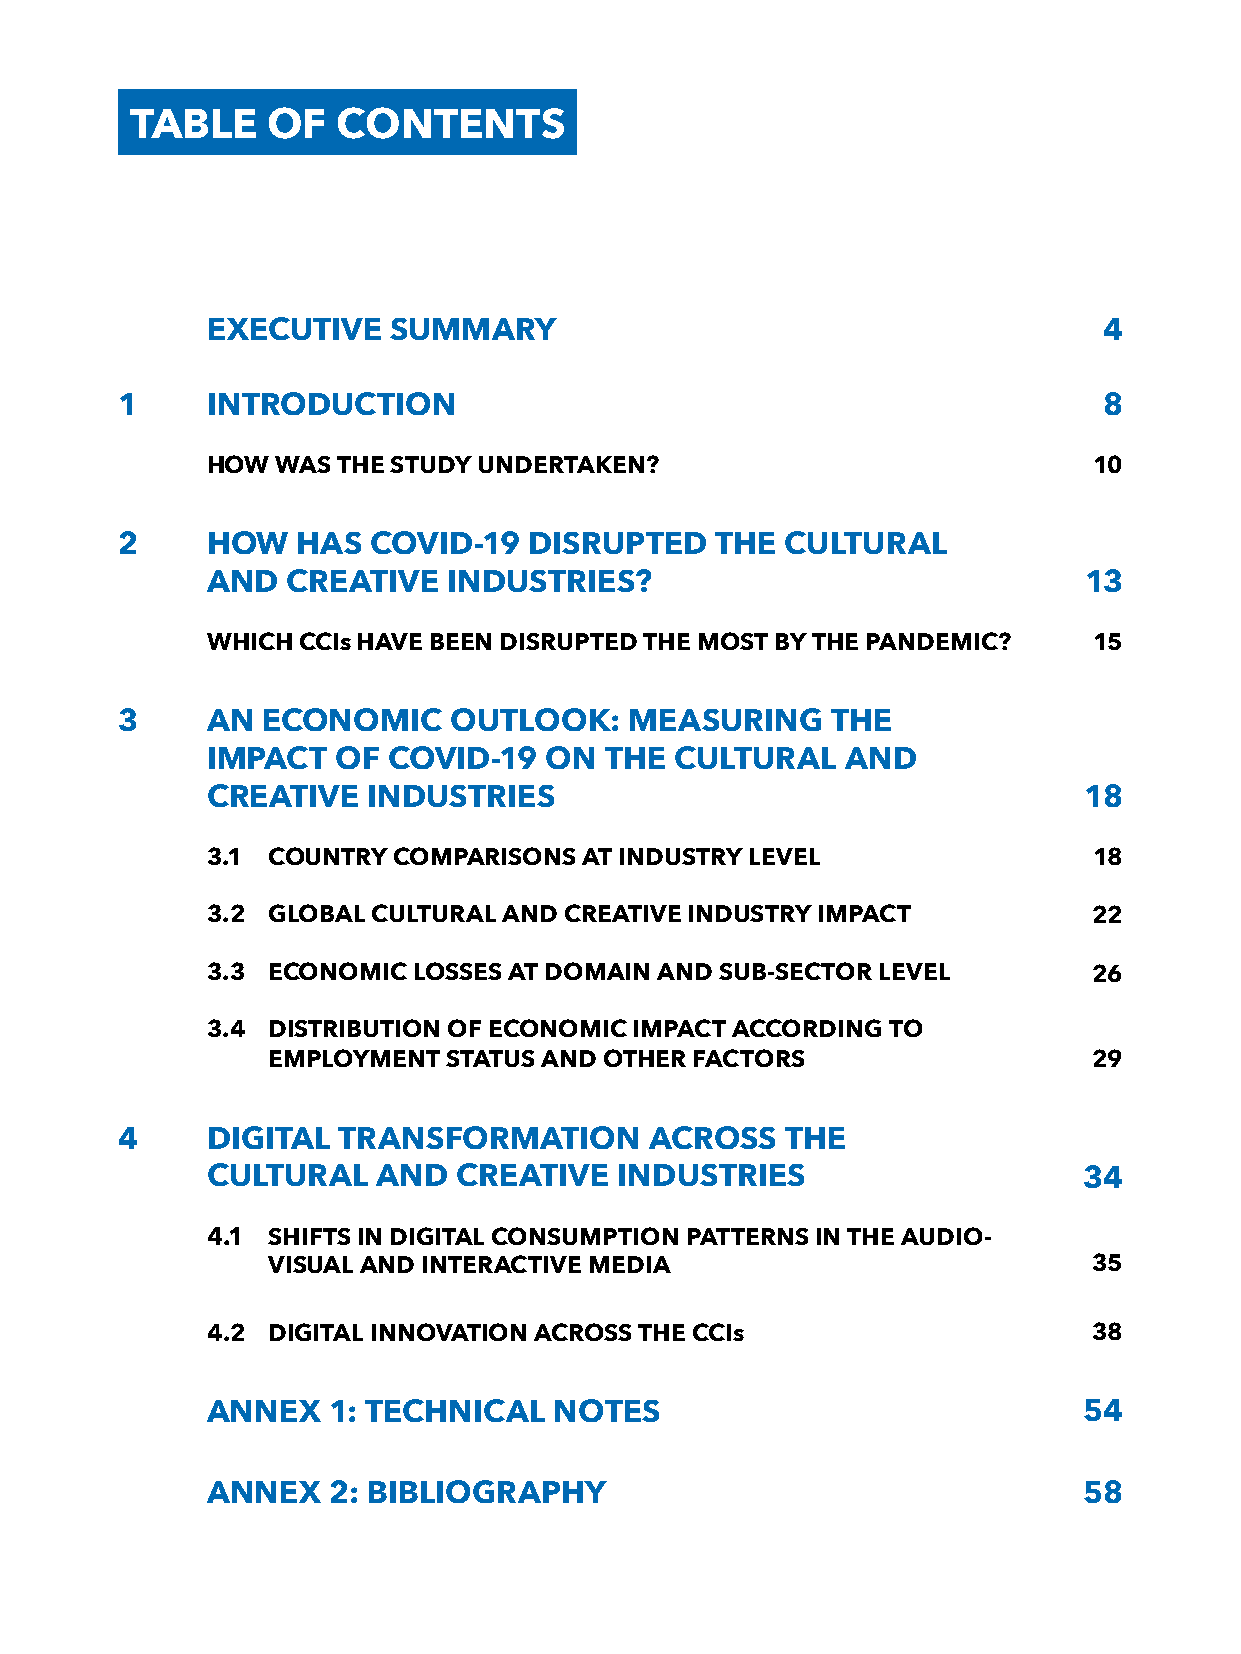
TABLE    OF  CONTENTS
 EXECUTIVE   SUMMARY                                        4
 1     INTRODUCTION                                               8
 HOW WAS THE STUDY UNDERTAKEN?                             10
 2     HOW   HAS  COVID-19  DISRUPTED   THE  CULTURAL
 AND  CREATIVE   INDUSTRIES?                               13
 WHICH CCIs HAVE BEEN DISRUPTED THE MOST BY THE PANDEMIC?  15
 3     AN ECONOMIC     OUTLOOK:    MEASURING    THE
 IMPACT  OF  COVID-19  ON  THE  CULTURAL   AND
 CREATIVE  INDUSTRIES                                      18
 3.1 COUNTRY COMPARISONS  AT INDUSTRY LEVEL                18
 3.2 GLOBAL CULTURAL AND CREATIVE INDUSTRY IMPACT          22
 3.3 ECONOMIC LOSSES AT DOMAIN AND SUB-SECTOR LEVEL        26
 3.4 DISTRIBUTION OF ECONOMIC IMPACT ACCORDING TO
 EMPLOYMENT  STATUS AND OTHER FACTORS                  29
 4     DIGITAL TRANSFORMATION       ACROSS   THE
 CULTURAL   AND  CREATIVE   INDUSTRIES                     34
 4.1 SHIFTS IN DIGITAL CONSUMPTION PATTERNS IN THE AUDIO-
 VISUAL AND INTERACTIVE MEDIA                          35
 4.2 DIGITAL INNOVATION ACROSS THE CCIs                    38
 ANNEX   1: TECHNICAL   NOTES                              54
 ANNEX   2: BIBLIOGRAPHY                                   58